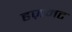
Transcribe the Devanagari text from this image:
हज़मट